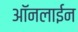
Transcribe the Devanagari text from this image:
आॅनलाईन